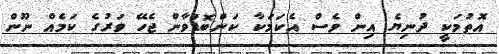
އޮތުމަކީ ދުނިޔެ އިން ވެސް އެކަމަކާ ކަންބޮޑުވާން ޖެހޭ ވަރުގެ ކަމެއް ނޫން